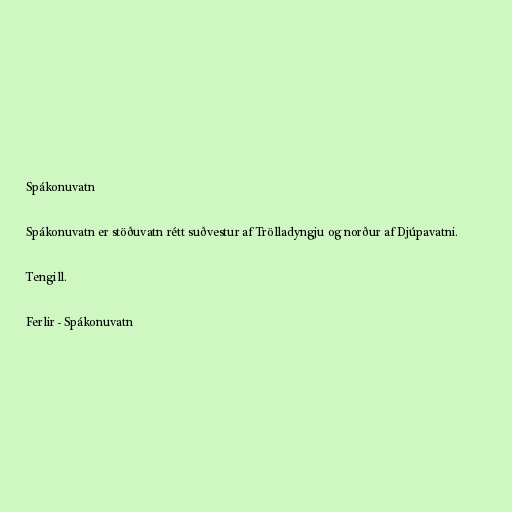
Spákonuvatn

Spákonuvatn er stöðuvatn rétt suðvestur af Trölladyngju og norður af Djúpavatni.

Tengill.

Ferlir - Spákonuvatn